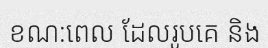
ខណ:ពេល ដែលរូបគេ និង